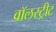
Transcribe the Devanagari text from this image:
वॉलस्ट्रीट